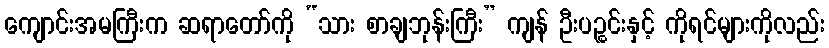
ကျောင်းအမကြီးက ဆရာတော်ကို “သား စာချဘုန်းကြီး” ကျန် ဦးပဉ္စင်းနှင့် ကိုရင်များကိုလည်း